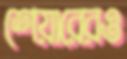
শেয়ারেরও